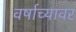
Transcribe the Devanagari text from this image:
वर्षाच्यावर